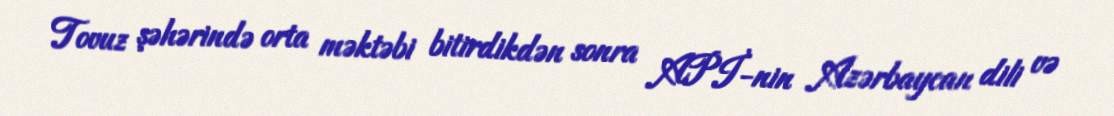
Tovuz şəhərində orta məktəbi bitirdikdən sonra APİ-nin Azərbaycan dili və